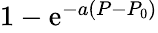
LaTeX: \begin{array}{r}{1-\textrm{e}^{-a(P-P_{0})}}\end{array}